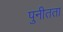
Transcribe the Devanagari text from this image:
पुनीतता